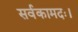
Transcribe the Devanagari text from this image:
सर्वकामदः।